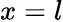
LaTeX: x=l